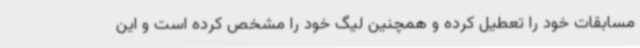
مسابقات خود را تعطیل کرده و همچنین لیگ خود را مشخص کرده است و این